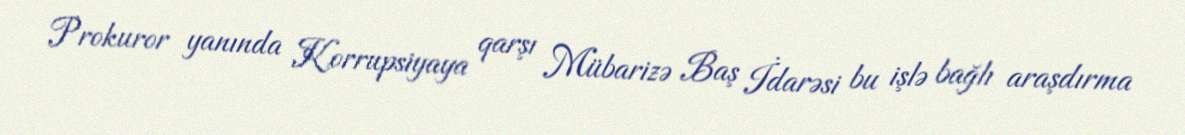
Prokuror yanında Korrupsiyaya qarşı Mübarizə Baş İdarəsi bu işlə bağlı araşdırma